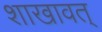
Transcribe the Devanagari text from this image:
शाखावत्